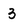
Character: 3